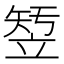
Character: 𱷫